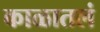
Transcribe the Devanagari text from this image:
काळातलं